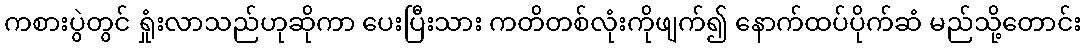
ကစားပွဲတွင် ရှုံးလာသည်ဟုဆိုကာ ပေးပြီးသား ကတိတစ်လုံးကိုဖျက်၍ နောက်ထပ်ပိုက်ဆံ မည်သို့တောင်း